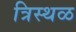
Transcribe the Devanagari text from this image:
त्रिस्थळ